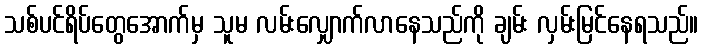
သစ်ပင်ရိပ်တွေအောက်မှ သူမ လမ်းလျှောက်လာနေသည်ကို ချမ်း လှမ်းမြင်နေရသည်။